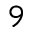
9